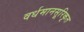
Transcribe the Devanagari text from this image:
वर्धमानसूरिकृत